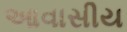
આવાસીય